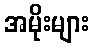
အမိုးများ